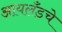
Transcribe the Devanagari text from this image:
आयलँडचे